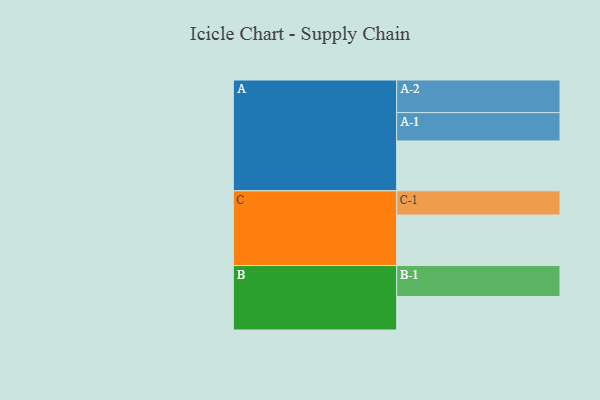
{"axis": {"x": "Segment", "y": "Value"}, "legend": ["", "A", "B", "C"], "data": [{"x": "A", "y": 457, "type": ""}, {"x": "B", "y": 307, "type": ""}, {"x": "C", "y": 463, "type": ""}, {"x": "A-1", "y": 260, "type": "A"}, {"x": "A-2", "y": 299, "type": "A"}, {"x": "B-1", "y": 284, "type": "B"}, {"x": "C-1", "y": 222, "type": "C"}]}